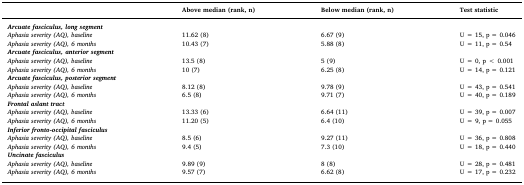
<table><thead><tr><td>[EMPTY_CELL]</td><td><b>Above median (rank, n)</b></td><td><b>Below median (rank, n)</b></td><td><b>Test statistic</b></td></tr></thead><tbody><tr><td><i><b>Arcuate fasciculus, long segment</b></i></td><td>[EMPTY_CELL]</td><td>[EMPTY_CELL]</td><td>[EMPTY_CELL]</td></tr><tr><td><i>Aphasia severity (AQ), baseline</i></td><td>11.62 (8)</td><td>6.67 (9)</td><td>U = 15, p = 0.046</td></tr><tr><td><i>Aphasia severity (AQ), 6 months</i></td><td>10.43 (7)</td><td>5.88 (8)</td><td>U = 11, p = 0.54</td></tr><tr><td><i><b>Arcuate fasciculus, anterior segment</b></i></td><td>[EMPTY_CELL]</td><td>[EMPTY_CELL]</td><td>[EMPTY_CELL]</td></tr><tr><td><i>Aphasia severity (AQ), baseline</i></td><td>13.5 (8)</td><td>5 (9)</td><td>U = 0, p &lt; 0.001</td></tr><tr><td><i>Aphasia severity (AQ), 6 months</i></td><td>10 (7)</td><td>6.25 (8)</td><td>U = 14, p = 0.121</td></tr><tr><td><i><b>Arcuate fasciculus, posterior segment</b></i></td><td>[EMPTY_CELL]</td><td>[EMPTY_CELL]</td><td>[EMPTY_CELL]</td></tr><tr><td><i>Aphasia severity (AQ), baseline</i></td><td>8.12 (8)</td><td>9.78 (9)</td><td>U = 43, p = 0.541</td></tr><tr><td><i>Aphasia severity (AQ), 6 months</i></td><td>6.5 (8)</td><td>9.71 (7)</td><td>U = 40, p = 0.189</td></tr><tr><td><i><b>Frontal aslant tract</b></i></td><td>[EMPTY_CELL]</td><td>[EMPTY_CELL]</td><td>[EMPTY_CELL]</td></tr><tr><td><i>Aphasia severity (AQ), baseline</i></td><td>13.33 (6)</td><td>6.64 (11)</td><td>U = 39, p = 0.007</td></tr><tr><td><i>Aphasia severity (AQ), 6 months</i></td><td>11.20 (5)</td><td>6.4 (10)</td><td>U = 9, p = 0.055</td></tr><tr><td><i><b>Inferior fronto-occipital fasciculus</b></i></td><td>[EMPTY_CELL]</td><td>[EMPTY_CELL]</td><td>[EMPTY_CELL]</td></tr><tr><td><i>Aphasia severity (AQ), baseline</i></td><td>8.5 (6)</td><td>9.27 (11)</td><td>U = 36, p = 0.808</td></tr><tr><td><i>Aphasia severity (AQ), 6 months</i></td><td>9.4 (5)</td><td>7.3 (10)</td><td>U = 18, p = 0.440</td></tr><tr><td><i><b>Uncinate fasciculus</b></i></td><td>[EMPTY_CELL]</td><td>[EMPTY_CELL]</td><td>[EMPTY_CELL]</td></tr><tr><td><i>Aphasia severity (AQ), baseline</i></td><td>9.89 (9)</td><td>8 (8)</td><td>U = 28, p = 0.481</td></tr><tr><td><i>Aphasia severity (AQ), 6 months</i></td><td>9.57 (7)</td><td>6.62 (8)</td><td>U = 17, p = 0.232</td></tr></tbody></table>